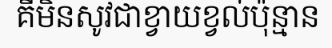
គឺមិនសូវជាខ្វាយខ្វល់ប៉ុន្មាន